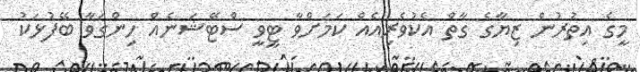
މީގެ އިތުުރުން ޒިޔާގެ ގާތް އެކުވެރިއެއް ކަމަށްވާ ޓީވީ ސްޓޭޝަނެއް ހިންގަވާ ބޭފުޅަކު